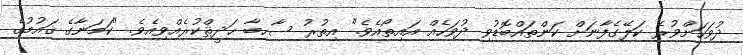
ދުވަހަށްވުރެ ކަލޭގެފާނަށް ކަންތައްބޮޑުވި ދުވަހެއް އައިތޯއެވެ." އިތުރު ސާހިބާ ޙަދީޘްކުރެއްވިއެވެ. "ކަމަނާގެ ޤައުމުގެ